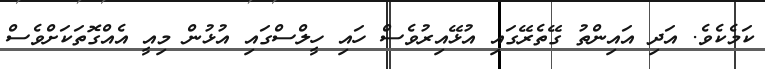
ކަމެކެވެ. އަދި އައިންތު ގޭތެރޭގައި އުޅޭއިރުވެސް ހައި ހީލްސްގައި އުޅުން މިއީ އެއްގޮތަކަށްވެސް